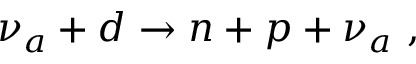
\nu _ { a } + d \to n + p + \nu _ { a } \ ,